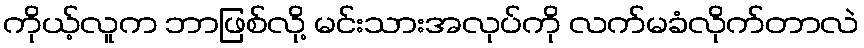
ကိုယ့်လူက ဘာဖြစ်လို့ မင်းသားအလုပ်ကို လက်မခံလိုက်တာလဲ